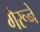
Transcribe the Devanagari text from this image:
गेरूने